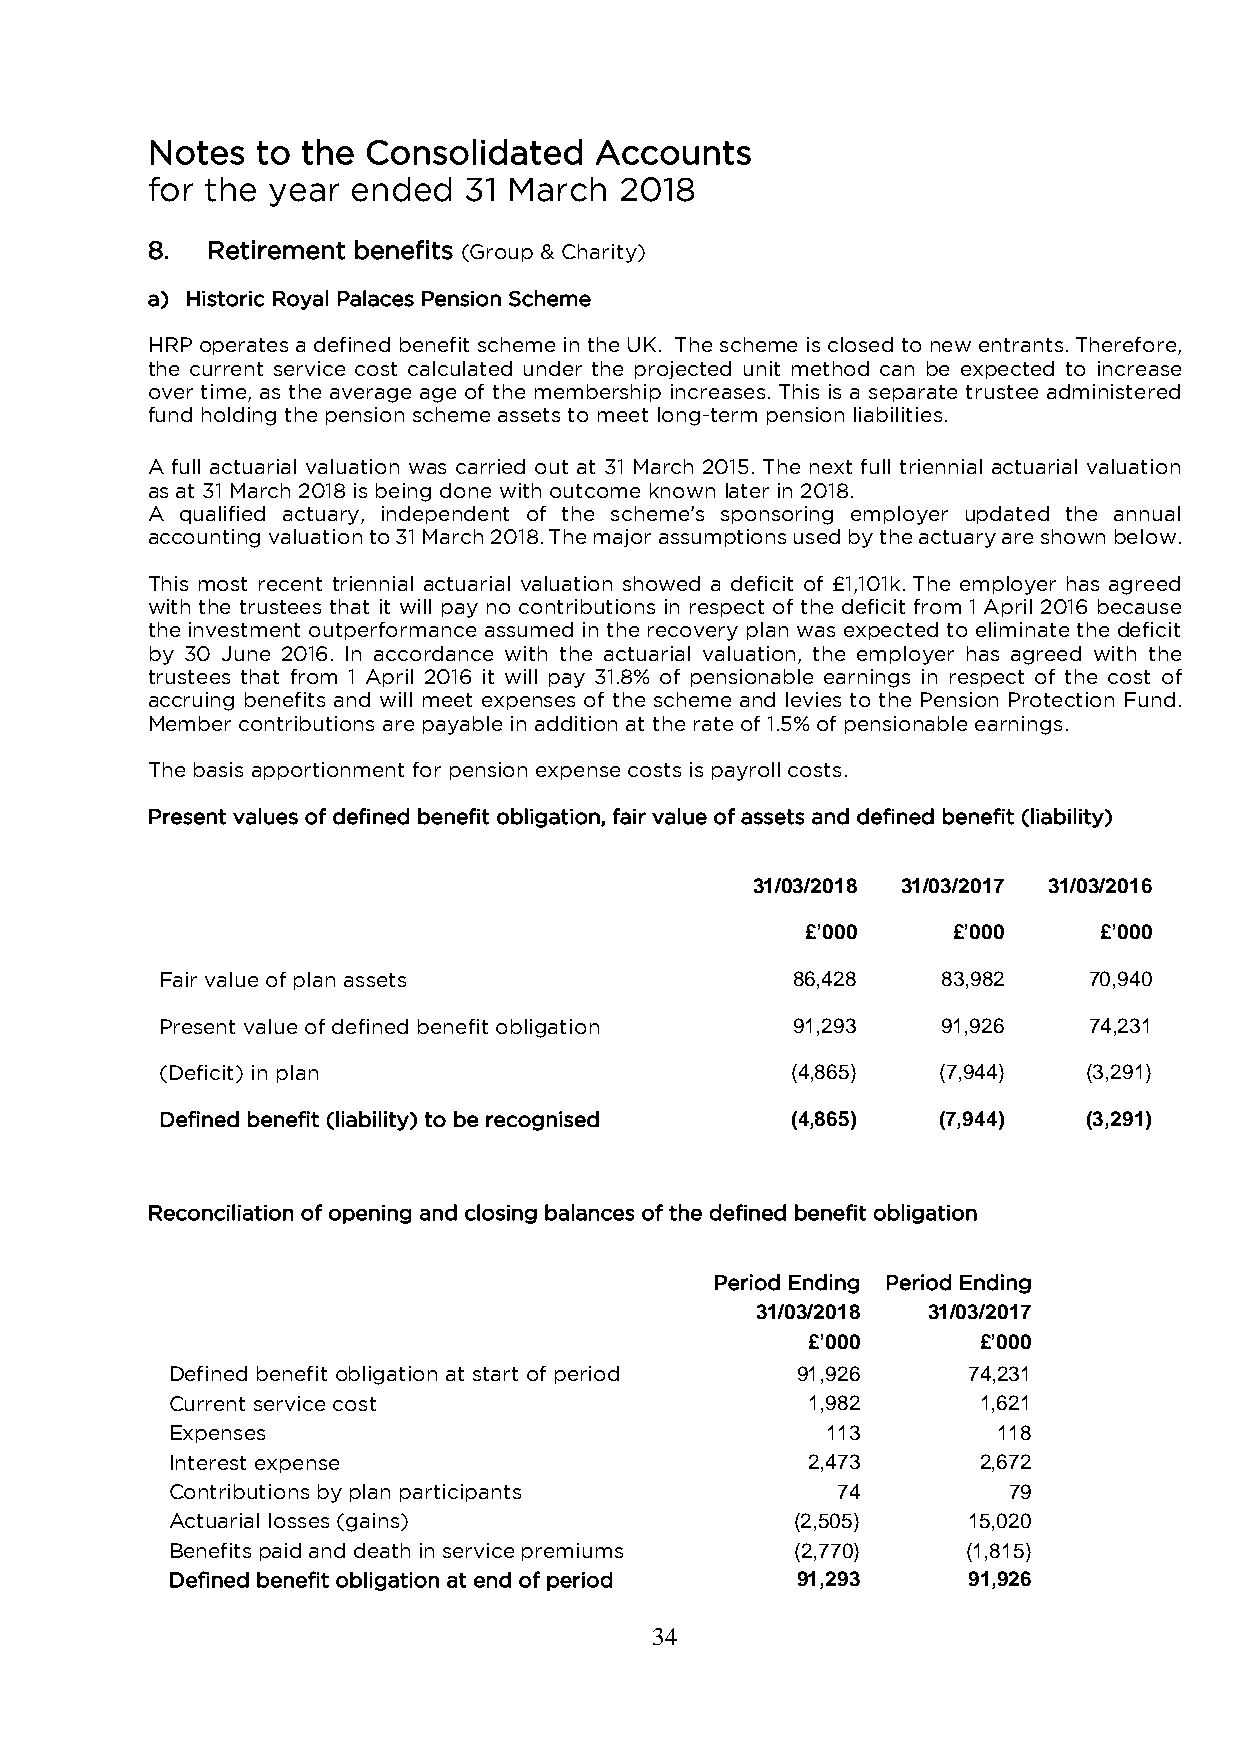
Notes  to the Consolidated   Accounts
 for the year ended   31 March  2018
 8.  Retirement benefits (Group & Charity)
 a) Historic Royal Palaces Pension Scheme
 HRP operates a defined benefit scheme in the UK. The scheme is closed to new entrants. Therefore,
 the current service cost calculated under the projected unit method can be expected to increase
 over time, as the average age of the membership increases. This is a separate trustee administered
 fund holding the pension scheme assets to meet long-term pension liabilities.
 A full actuarial valuation was carried out at 31 March 2015. The next full triennial actuarial valuation
 as at 31 March 2018 is being done with outcome known later in 2018.
 A qualified actuary, independent of the scheme’s sponsoring employer updated the annual
 accounting valuation to 31 March 2018. The major assumptions used by the actuary are shown below.
 This most recent triennial actuarial valuation showed a deficit of £1,101k. The employer has agreed
 with the trustees that it will pay no contributions in respect of the deficit from 1 April 2016 because
 the investment outperformance assumed in the recovery plan was expected to eliminate the deficit
 by 30 June 2016. In accordance with the actuarial valuation, the employer has agreed with the
 trustees that from 1 April 2016 it will pay 31.8% of pensionable earnings in respect of the cost of
 accruing benefits and will meet expenses of the scheme and levies to the Pension Protection Fund.
 Member contributions are payable in addition at the rate of 1.5% of pensionable earnings.
 The basis apportionment for pension expense costs is payroll costs.
 Present values of defined benefit obligation, fair value of assets and defined benefit (liability)
 31/03/2018 31/03/2017 31/03/2016
 £’000     £’000     £’000
 Fair value of plan assets                 86,428   83,982    70,940
 Present value of defined benefit obligation 91,293 91,926    74,231
 (Deficit) in plan                        (4,865)   (7,944)   (3,291)
 Defined benefit (liability) to be recognised (4,865) (7,944) (3,291)
 Reconciliation of opening and closing balances of the defined benefit obligation
 Period Ending Period Ending
 31/03/2018 31/03/2017
 £’000       £’000
 Defined benefit obligation at start of period 91,926 74,231
 Current service cost                      1,982       1,621
 Expenses                                    113        118
 Interest expense                          2,473       2,672
 Contributions by plan participants          74          79
 Actuarial losses (gains)                  (2,505)    15,020
 Benefits paid and death in service premiums (2,770)  (1,815)
 Defined benefit obligation at end of period 91,293   91,926
 34